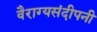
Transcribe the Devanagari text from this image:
वैराग्यसंदीपनी